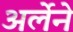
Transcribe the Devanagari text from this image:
अर्लेने